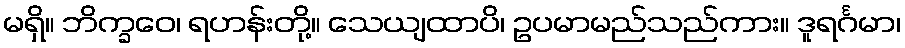
မရှိ။ ဘိက္ခဝေ၊ ရဟန်းတို့။ သေယျထာပိ၊ ဥပမာမည်သည်ကား။ ဒူရင်္ဂမာ၊